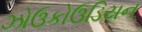
ઝોઉકોઉડિયન